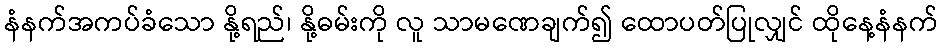
နံနက်အကပ်ခံသော နို့ရည်၊ နို့ဓမ်းကို လူ သာမဏေချက်၍ ထောပတ်ပြုလျှင် ထိုနေ့နံနက်